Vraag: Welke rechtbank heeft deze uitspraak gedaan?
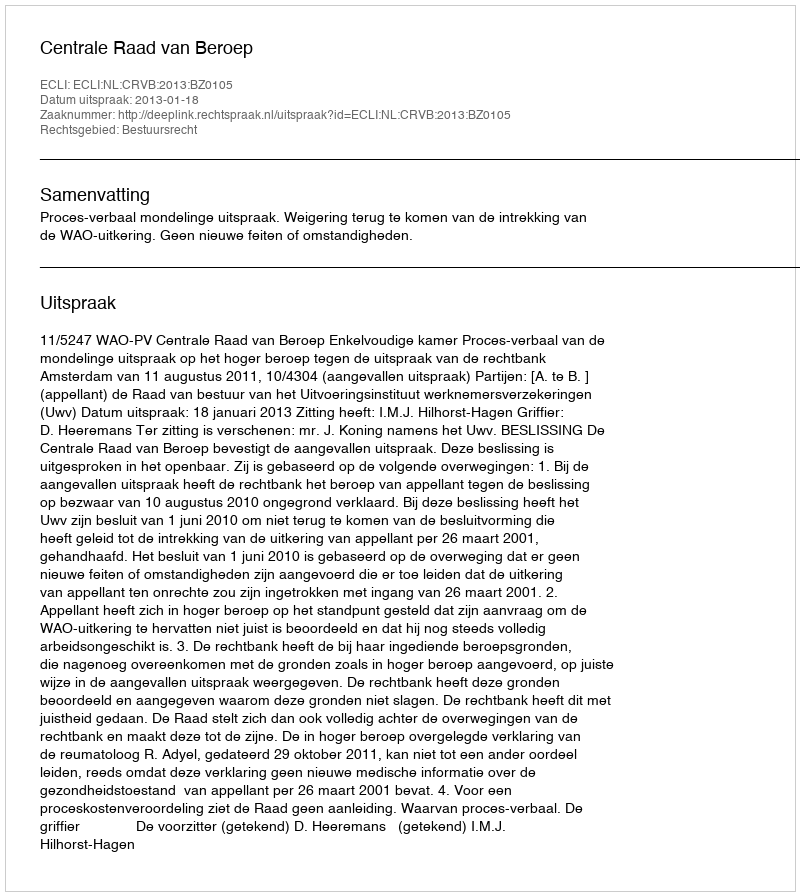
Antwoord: Centrale Raad van Beroep